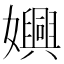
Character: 嬹